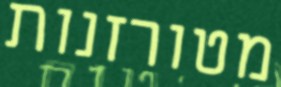
מטורזנות